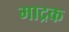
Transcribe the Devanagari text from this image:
माद्रक